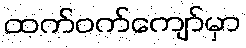
ထက်ဝက်ကျော်မှာ